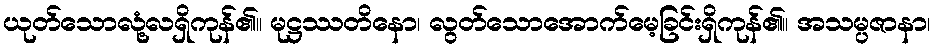
ယုတ်သောလုံ့လရှိကုန်၏။ မုဋ္ဌဿတိနော၊ လွတ်သောအောက်မေ့ခြင်းရှိကုန်၏။ အသမ္ပဇာနာ၊